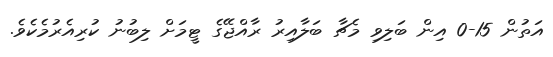
އަތުން 15-0 އިން ބަލިވި މެޗާ ބަލާއިރު ރާއްޖޭގެ ޓީމަށް ލިބުނު ކުރިއެރުމެކެވެ.